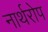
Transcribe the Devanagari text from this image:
नार्थरोप